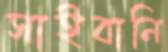
সাইবানি